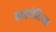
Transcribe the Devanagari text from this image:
हाइपेटिया